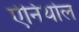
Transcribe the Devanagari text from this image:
ऐनिथोल